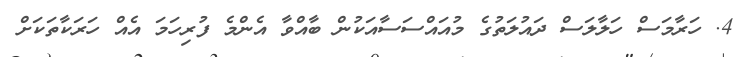
4. ހަރާމަސް ހަލާލަސް ދައުލަތުގެ މުއައްސަސާއަކުން ބާއްވާ އެންމެ ފުރިހަމަ އެއް ހަރަކާތަކަށް